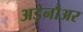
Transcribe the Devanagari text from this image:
अड़ेनौअर